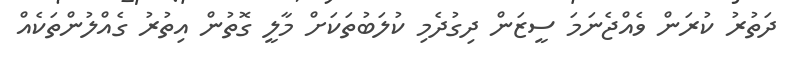
ދަތުރު ކުރަން ވެއްޖެނަމަ ސީޒަން ދިގުދެމި ކުލަބުތަކަށް މާލީ ގޮތުން އިތުރު ގެއްލުންތަކެއް